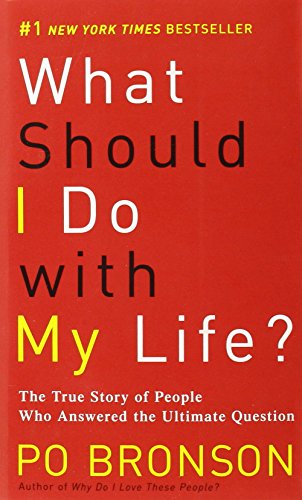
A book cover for What Should I Do with My Life?: The True Story of People Who Answered the Ultimate Question; Po Bronson; Business & Money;